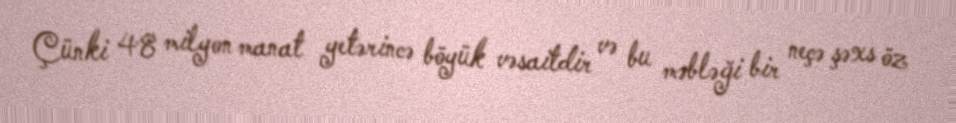
Çünki 48 milyon manat yetərincə böyük vəsaitdir və bu məbləği bir neçə şəxs öz